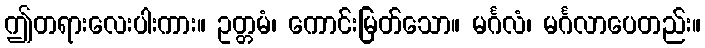
ဤတရားလေးပါးကား။ ဥတ္တမံ၊ ကောင်းမြတ်သော။ မင်္ဂလံ၊ မင်္ဂလာပေတည်း။